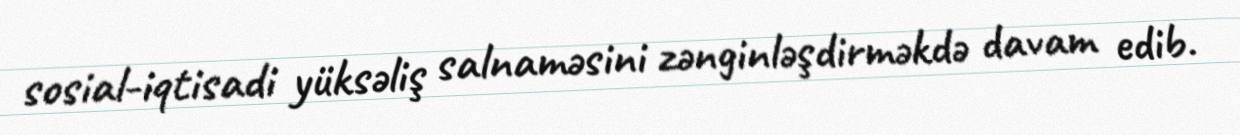
sosial-iqtisadi yüksəliş salnaməsini zənginləşdirməkdə davam edib.